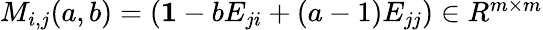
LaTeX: \begin{array}{r}{M_{i,j}(a,b)=(\boldsymbol{1}-bE_{ji}+(a-1)E_{jj})\in R^{m\times m}}\end{array}